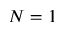
N = 1